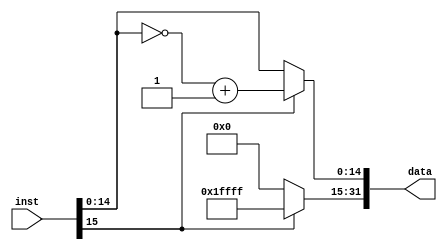
//**********************************************************************************************************
//				module: signext								   *
//**********************************************************************************************************

`timescale 1ns/1ns

module signext(inst,data);

input wire [15:0] inst;
output wire [31:0] data;

reg [16:0] tmp;		//fill the high bits with 0 or 1
reg [14:0] com;		//complement

always@(*)
begin
if(!inst[15])		//the instant is larger than zero, fill the high bits with 0
	tmp = 17'b0;
else			//the instant is smaller than zero, fill the high bits with 1
	tmp = 17'b1111_1111_1111_1111_1;
end

always@(*)
begin
if(!inst[15])
	com = inst[14:0];
else
	com = (~(inst[14:0])) + 1;
end

assign data = {tmp, com};

endmodule